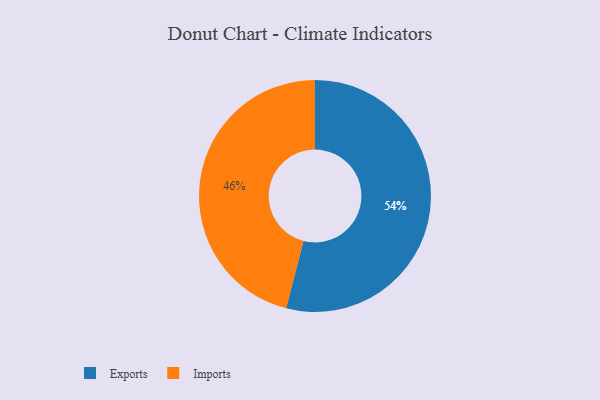
{"axis": {"x": "Category", "y": "Percentage"}, "legend": ["Exports", "Imports"], "data": [{"x": "Imports", "y": 46, "type": "Imports"}, {"x": "Exports", "y": 54, "type": "Exports"}]}